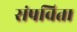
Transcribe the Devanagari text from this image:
संपविता